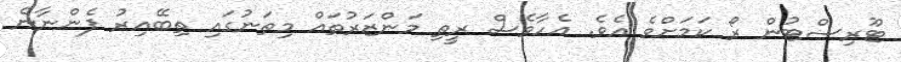
ޓޫރިސްޓުން ރޯ ކަމަށްވެ އެވެ. އެހާވެސް ރީތި މަންޒަރުތައް މިތަނުގައި ތިބޭއިރު ފެންނާނެ